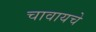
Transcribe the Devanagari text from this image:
चावायचे